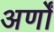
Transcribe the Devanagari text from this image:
अर्णों